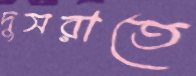
দুসরাতে